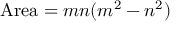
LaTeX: { \mathrm { A r e a } } = m n ( m ^ { 2 } - n ^ { 2 } )